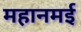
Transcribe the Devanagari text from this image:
महानमई